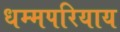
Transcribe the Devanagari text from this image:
धम्मपरियाय